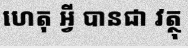
ហេតុ អ្វី បានជា វត្ថុ